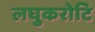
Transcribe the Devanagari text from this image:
लघुकरोटि